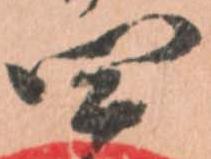
四